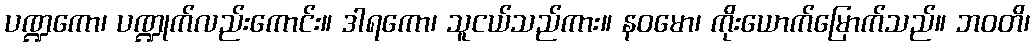
ပဏ္ဍကော၊ ပဏ္ဍုက်လည်းကောင်း။ ဒါရကော၊ သူငယ်သည်ကား။ နဝမော၊ ကိုးယောက်မြောက်သည်။ ဘဝတိ၊